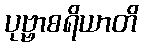
ပုဗ္ဗာစရိယာတိ